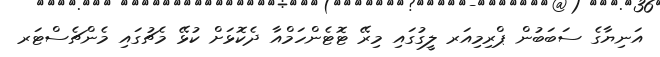
އަނިޔާގެ ސަބަބުން ޕްރިމިއަރ ލީގުގައި މިރޭ ޓޮޓެންހަމްއާ ދެކޮޅަށް ކުޅޭ މެޗުގައި މެންޗެސްޓަރ